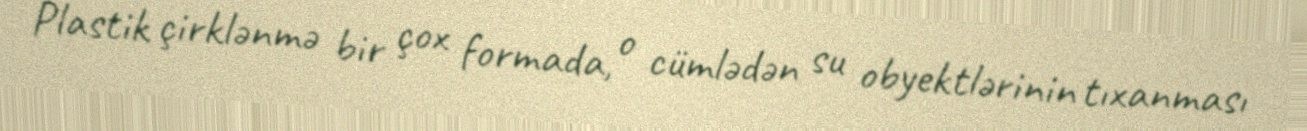
Plastik çirklənmə bir çox formada, o cümlədən su obyektlərinin tıxanması